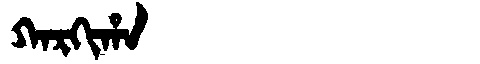
Manchu: ᡴᠠᡵᡴᡳᡥᠠ
Romanization: KARKIHA